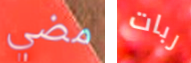
مضي ربات